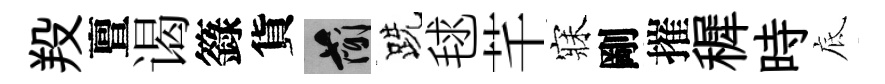
羖亶谒籙貨簡跣毬芊寐剛摧穉時底